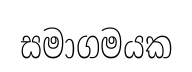
සමාගමයක